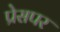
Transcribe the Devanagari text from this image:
प्रेसपर